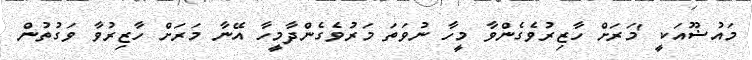
މައުޟޫއަކީ 'މަރަށް ހާޒިރުވެގެންވާ މީހާ ނުވަތަ މަރުވެގެންދާމީހާ އޭނާ މަރަށް ހާޒިރުވާ ވަގުތުން